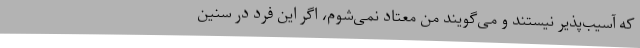
که آسیب‌پذیر نیستند و می‌گویند من معتاد نمی‌شوم، اگر این فرد در سنین